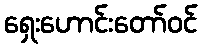
ရှေးဟောင်းတော်ဝင်